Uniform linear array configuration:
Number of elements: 64
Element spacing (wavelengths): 0.75
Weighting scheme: hamming
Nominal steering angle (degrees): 0
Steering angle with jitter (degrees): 1.576
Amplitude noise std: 0.05
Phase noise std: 0.05

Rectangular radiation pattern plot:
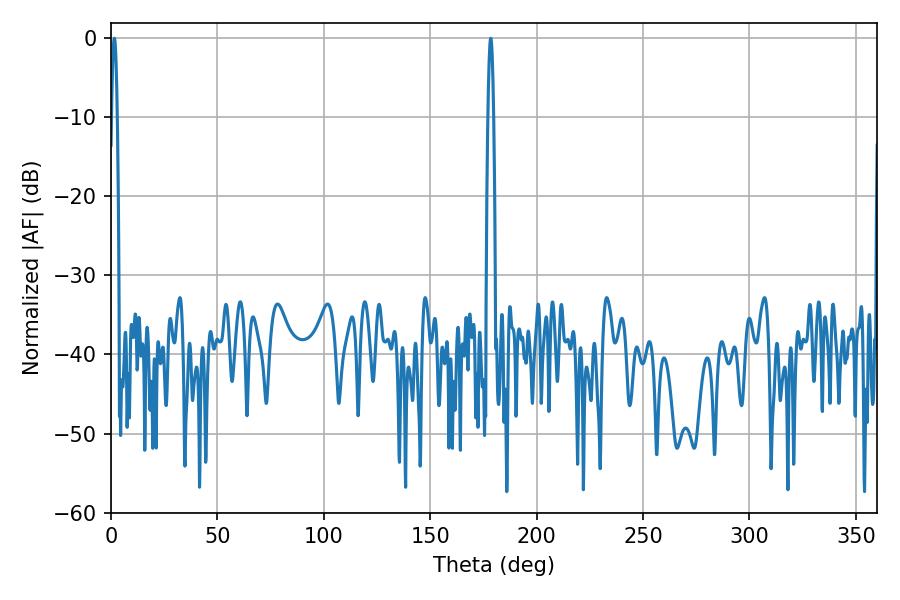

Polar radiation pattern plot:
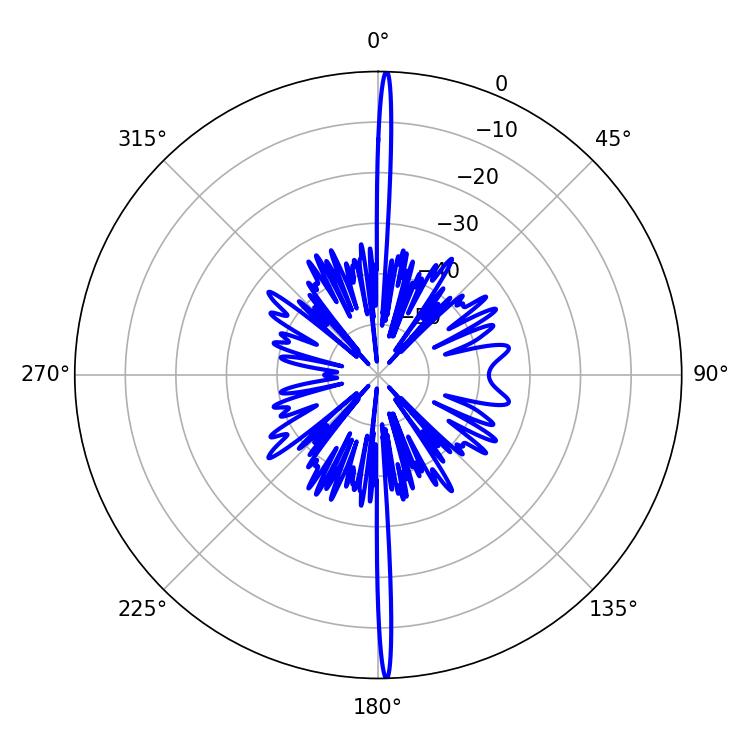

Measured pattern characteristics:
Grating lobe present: TRUE
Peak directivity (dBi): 30.703
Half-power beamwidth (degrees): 1.44
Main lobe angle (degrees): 1.62